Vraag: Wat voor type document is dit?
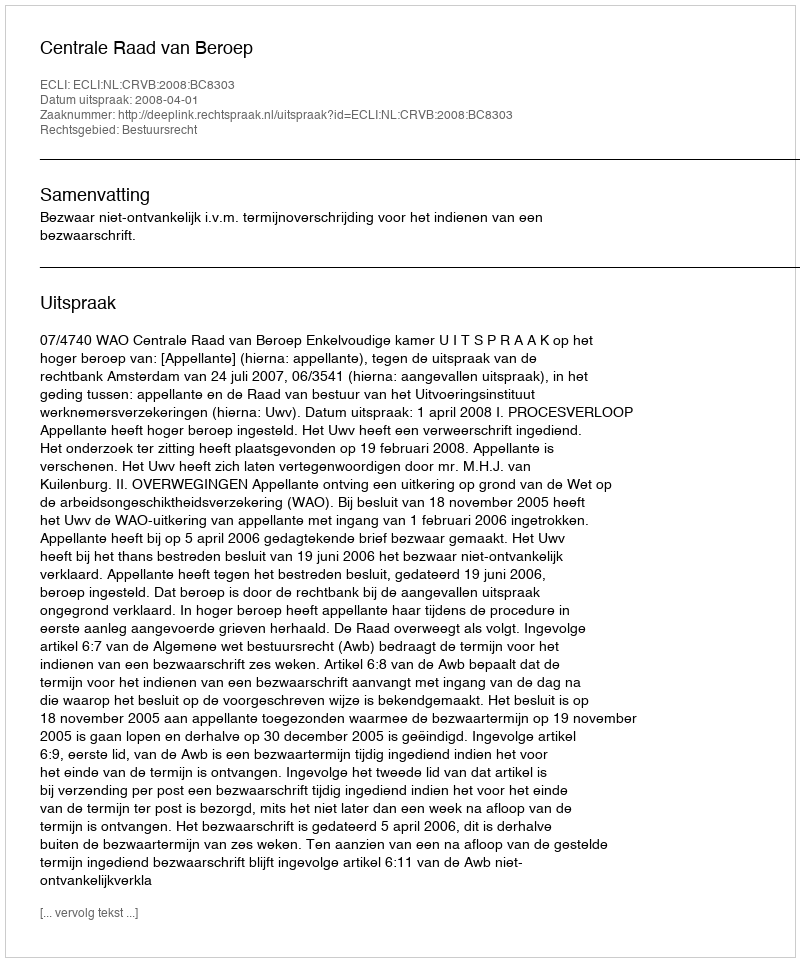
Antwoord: Uitspraak